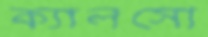
ক্যালসো